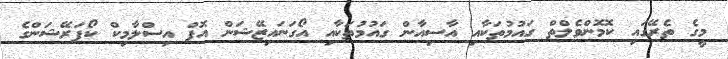
މީގެ ތެރޭގައި ކޮމޮންވެލްތް ގައުމުތަކާއި އާސިއާން ގައުމުތަކާއި އޯގަނައިޒޭޝަން އޮފް އިސްލާމިކް ކޯޕަރޭޝަންގެ